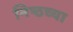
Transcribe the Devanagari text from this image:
निष्ठच्या